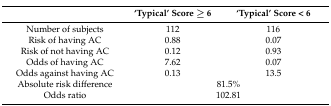
|  | ‘Typical’ Score ≥ 6 | ‘Typical’ Score < 6 |
 | --- | --- | --- |
 | Number of subjects | 112 | 116 |
 | Risk of having AC | 0.88 | 0.07 |
 | Risk of not having AC | 0.12 | 0.93 |
 | Odds of having AC | 7.62 | 0.07 |
 | Odds against having AC | 0.13 | 13.5 |
 | Absolute risk difference | <COLSPAN=2> 81.5% |
 | Odds ratio | <COLSPAN=2> 102.81 |